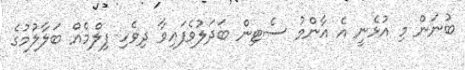
ބުނަން މި އުޅެނީ އެ އާންމު ސެޓިން ބަދަލުވެފައިވާ ދިވެހި ފިލްމެއް ބަލާލުމުގެ